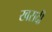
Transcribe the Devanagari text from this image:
खरादी